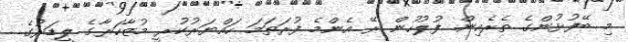
މި ބޭފުޅުންގެ ތެރެއިން ފުލުހުން ރޭ އެންމެ ފުރަތަމަ ހައްޔަރުކުރީ މުޒާހަރާގެ ލީޑަރުގެ